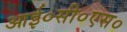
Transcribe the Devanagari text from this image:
आई०सी०एस०